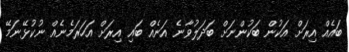
ބައެއް އިރަށް އަކުން ބަކުންނަށް ބަދަލުވާނެ އަނެއް ބައި އިރަށް އަހަރަމެނެއް ނުކުޅޭނަމޭ